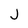
Character: J